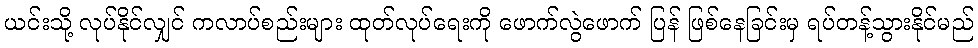
ယင်းသို့ လုပ်နိုင်လျှင် ကလာပ်စည်းများ ထုတ်လုပ်ရေးကို ဖောက်လွဲဖောက် ပြန် ဖြစ်နေခြင်းမှ ရပ်တန့်သွားနိုင်မည်